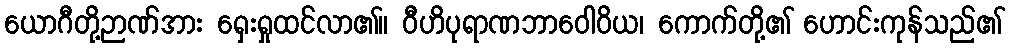
ယောဂီတို့ဉာဏ်အား ရှေးရှုထင်လာ၏။ ဝီဟိပုရာဏဘာဝေါဝိယ၊ ကောက်တို့၏ ဟောင်းကုန်သည်၏